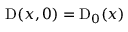
\mathrm { D } ( \boldsymbol { x } , 0 ) = \mathrm { D } _ { 0 } ( \boldsymbol { x } )